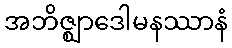
အဘိဇ္ဈာဒေါမနဿာနံ